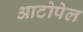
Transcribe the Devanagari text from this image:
आटोपेल